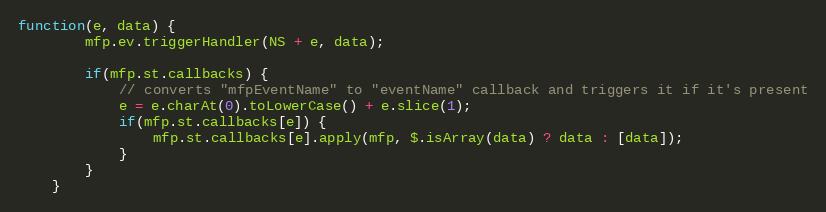
Language: JavaScript
function(e, data) {
		mfp.ev.triggerHandler(NS + e, data);

		if(mfp.st.callbacks) {
			// converts "mfpEventName" to "eventName" callback and triggers it if it's present
			e = e.charAt(0).toLowerCase() + e.slice(1);
			if(mfp.st.callbacks[e]) {
				mfp.st.callbacks[e].apply(mfp, $.isArray(data) ? data : [data]);
			}
		}
	}